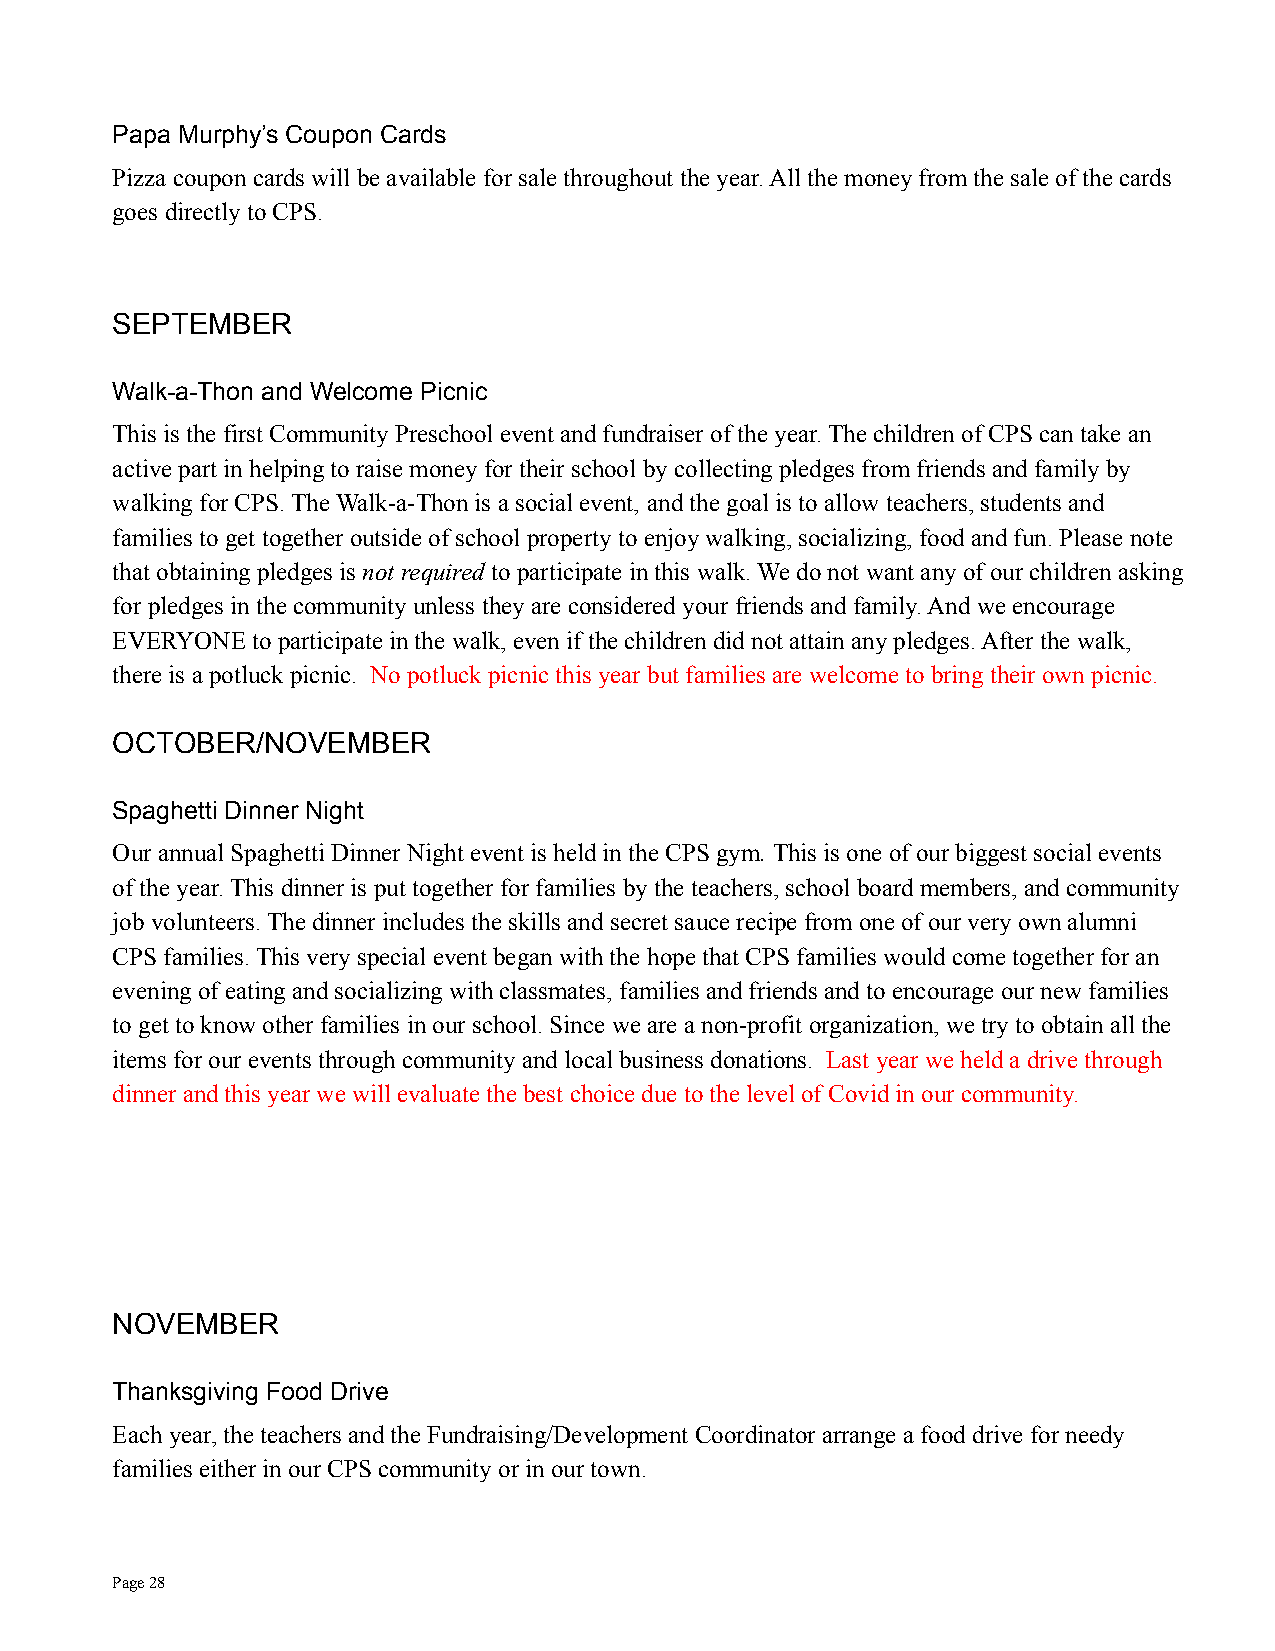
Papa Murphy’s Coupon Cards
 Pizza coupon cards will be available for sale throughout the year. All the money from the sale of the cards
 goes directly to CPS.
 SEPTEMBER
 Walk-a-Thon and Welcome Picnic
 This is the first Community Preschool event and fundraiserof the year. The children of CPS can take an
 active part in helping to raise money for their school by collecting pledges from friends and family by
 walking for CPS. The Walk-a-Thon is a social event, and the goal is to allow teachers, students and
 families to get together outside of school propertyto enjoy walking, socializing, food and fun. Please note
 that obtaining pledges is not required to participate in this walk. We do not want any of our children asking
 for pledges in the community unless they are consideredyour friends and family. And we encourage
 EVERYONE  to participate in the walk, even if the children did not attain any pledges. After the walk,
 there is a potluck picnic. No potluck picnic thisyear but families are welcome to bring their own picnic.
 OCTOBER/NOVEMBER
 Spaghetti Dinner Night
 Our annual Spaghetti Dinner Night event is held inthe CPS gym.This is one of our biggest social events
 of the year. This dinner is put together for families by the teachers, school board members, and community
 job volunteers. The dinner includes the skills and secret sauce recipe from one of our very own alumni
 CPS families. This very special event began with the hope that CPS families would come together for an
 evening of eating and socializing with classmates,families and friends and to encourage our new families
 to get to know other families in our school. Sincewe are a non-profit organization, we try to obtain all the
 items for our events through community and local businessdonations. Last year we held a drive through
 dinner and this year we will evaluate the best choicedue to the level of Covid in our community.
 NOVEMBER
 Thanksgiving Food Drive
 Each year, the teachers and the Fundraising/Development Coordinator arrange a food drive for needy
 families either in our CPS community or in our town.
 Page28